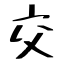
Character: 交